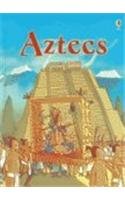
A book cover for Aztecs (Usborne Beginners); Catriona Clarke; Children's Books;